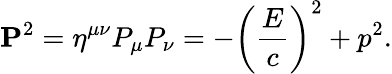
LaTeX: \mathbf{P}^{2}=\eta^{\mu\nu}P_{\mu}P_{\nu}=-\left({\frac{E}{c}}\right)^{2}+p^{2}.